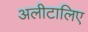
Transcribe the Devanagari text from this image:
अलीटालिए